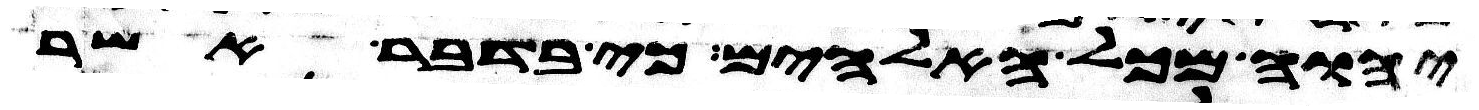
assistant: יהוה מכל האלהים כי בדבר אשר